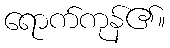
ရောက်ကုန်၏။